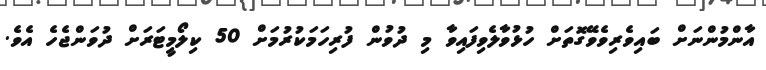
އާންމުންނަށް ބައިވެރިވެވޭގޮތަށް ހުޅުވާލެވިފައިވާ މި ދުވުން ފުރިހަމަކުރުމަށް 50 ކިލޯމީޓަރަށް ދުވަންޖެހެ އެވެ.